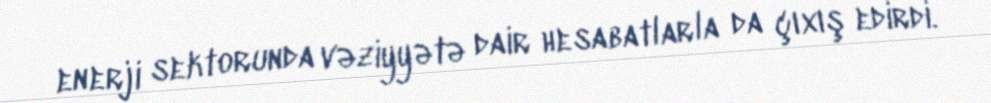
enerji sektorunda vəziyyətə dair hesabatlarla da çıxış edirdi.